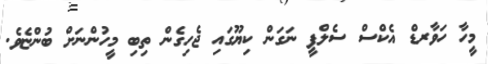
މީހާ ހަވާރޑް އެކްސް ސެލްފީ ނަގަން ކިޔޫގައި ޖެހިގެން ތިބި މީހުންނަށް ބުންޏެވެ.